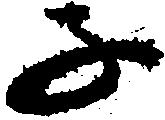
子